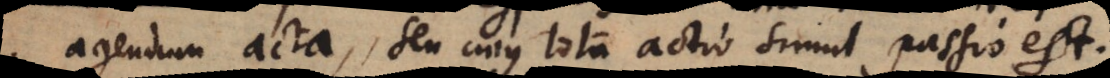
agendum acta, seu cujus tota actio simul passio est.